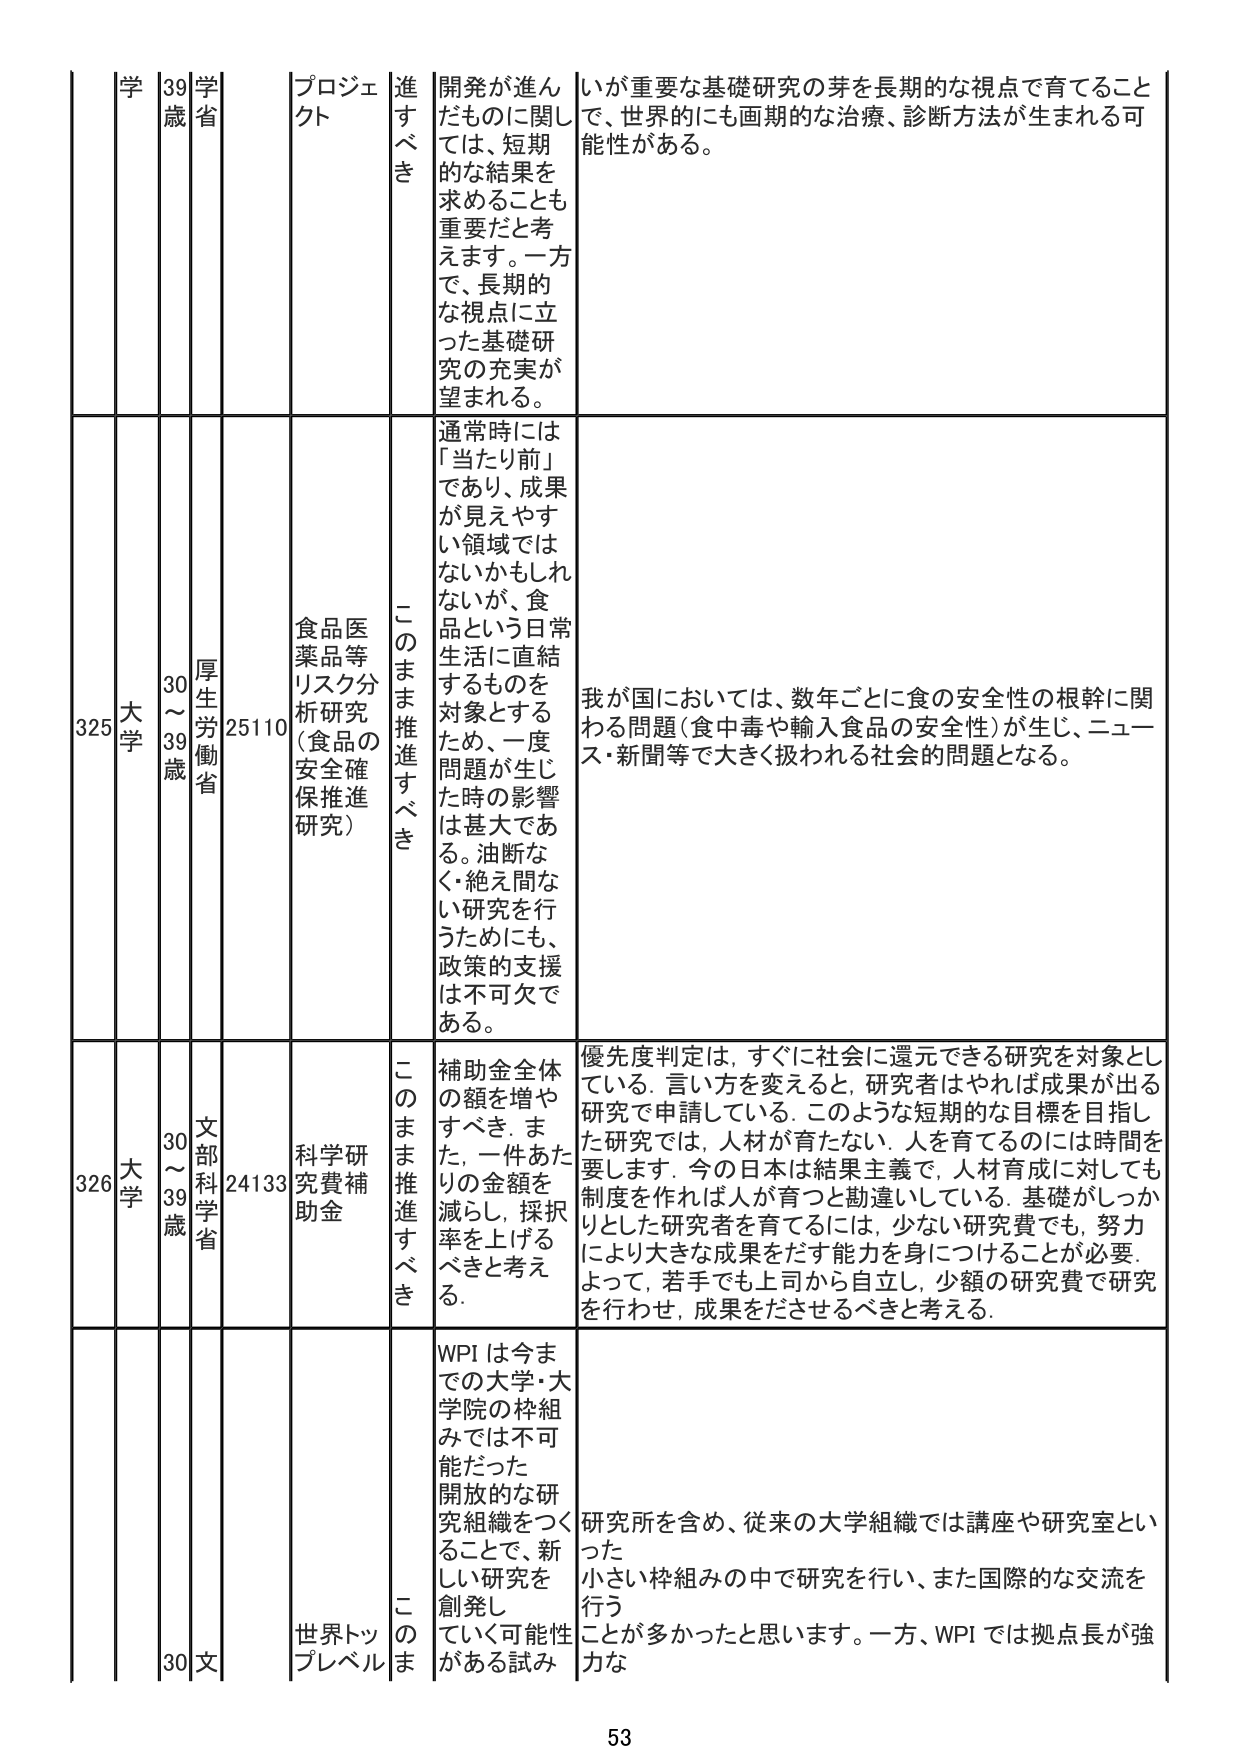
学 39 歳 学省 プロジェクト 開発が進んだものに関しては、短期的な結果を求めることも重要だと考えます。一方で、長期的な視点に立った基礎研究の充実が望まれる。 いが重要な基礎研究の芽を長期的な視点で育てることで、世界的にも画期的な治療、診断方法が生まれる可能性がある。

325 大学 30～39歳 厚生労働省 25110 食品医薬品等リスク分析研究（食品の安全確保推進研究） このまま推進すべき 通常時には「当たり前」であり、成果が見えやすい領域でははないかもしれないが、食品という日常生活に直結するものを対象とするため、一度問題が生じた時の影響は甚大である。油断なく・絶え間ない研究を行うためにも、政策的支援は不可欠である。 我が国においては、数年ごとに食の安全性の根幹に関わる問題（食中毒や輸入食品の安全性）が生じ、ニュース・新聞等で大きく扱われる社会的問題となる。

326 大学 30～39歳 文部科学省 24133 科学研究費補助金 このまま推進すべき 補助金全体の額を増やすべき。また、一件あたりの金額を減らし、採択率を上げるべきと考える。 優先度判定は、すぐに社会に還元できる研究を対象としている。言い方を変えると、研究者はやれば成果が出る研究で申請している。このような短期的な目標を目指した研究では、人材が育たない。人を育てるのには時間を要します。今の日本は結果主義で、人材育成に対しても制度を作れば人が育つと勘違いしている。基礎がしっかりとした研究者を育てるには、少ない研究費でも、努力により大きな成果をだす能力を身につけることが必要。よって、若手でも上司から自立し、少額の研究費で研究を行わせ、成果をださせるべきと考える。

30 文 世界トップレベル このまま WPI は今までの大学・大学院の枠組みでは不可能だった開放的な研究組織をつくることで、新しい研究を創発していく可能性がある試み 研究所を含め、従来の大学組織では講座や研究室といった小さい枠組みの中で研究を行い、また国際的な交流を行うことが多かったと思います。一方、WPI では拠点長が強力な

53